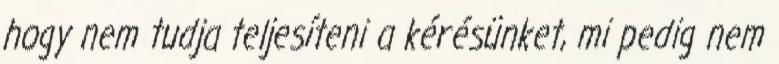
hogy nem tudja teljesíteni a kérésünket, mi pedig nem